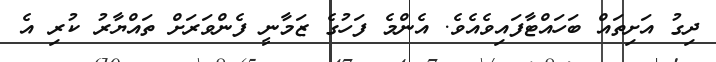
ދިގު އަށިތައް ބަހައްޓާފައިވެއެވެ. އެންމެ ފަހުގެ ޒަމާނީ ފެންވަރަށް ތައްޔާރު ކުރި އެ